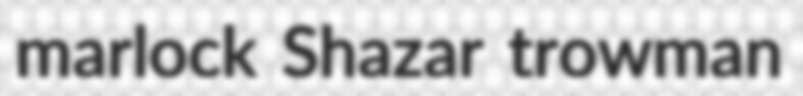
marlock Shazar trowman